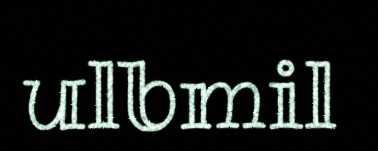
ulbmil